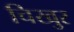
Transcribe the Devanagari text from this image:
चिखुर